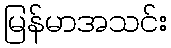
မြန်မာအသင်း